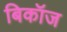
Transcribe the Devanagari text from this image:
बिकॉज